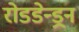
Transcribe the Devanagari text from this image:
रोडडेन्ड्रन